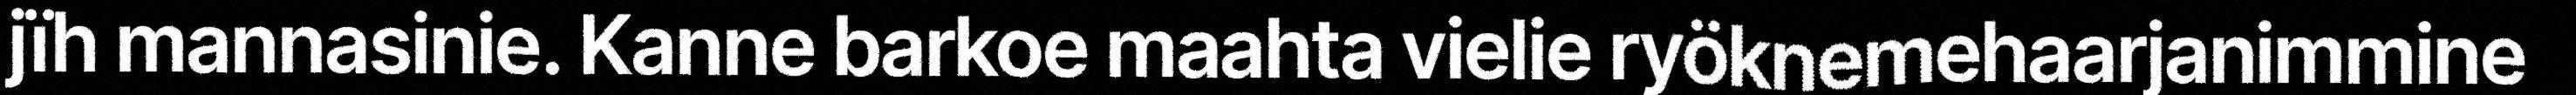
jïh mannasinie. Kanne barkoe maahta vielie ryöknemehaarjanimmine